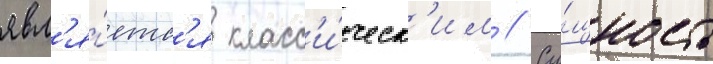
явл'я́етс'я класс'и́ческ'им // Су́щность